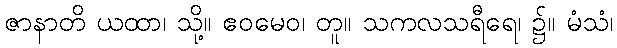
ဇာနာတိ ယထာ၊ သို့။ ဧဝမေဝ၊ တူ။ သကလသရီရေ၊ ၌။ မံသံ၊